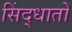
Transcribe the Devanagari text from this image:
सिंद्धातों